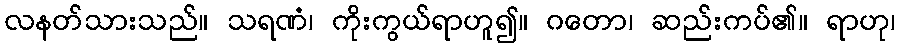
လနတ်သားသည်။ သရဏံ၊ ကိုးကွယ်ရာဟူ၍။ ဂတော၊ ဆည်းကပ်၏။ ရာဟု၊